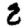
Digit: 8